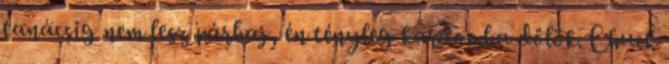
tanácsig nem lesz párbaj, én tényleg kardomba dőlök. Chuck